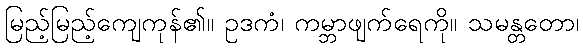
မြည့်မြည့်ကျေကုန်၏။ ဥဒကံ၊ ကမ္ဘာဖျက်ရေကို။ သမန္တတော၊